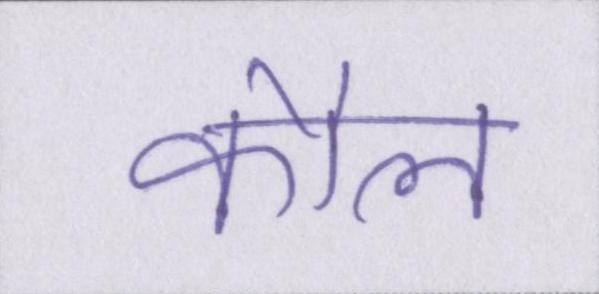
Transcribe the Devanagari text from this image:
कौल